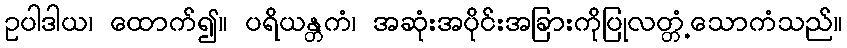
ဥပါဒါယ၊ ထောက်၍။ ပရိယန္တကံ၊ အဆုံးအပိုင်းအခြားကိုပြုလတ္တံ့သောကံသည်။